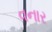
વનાર